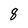
Character: 8